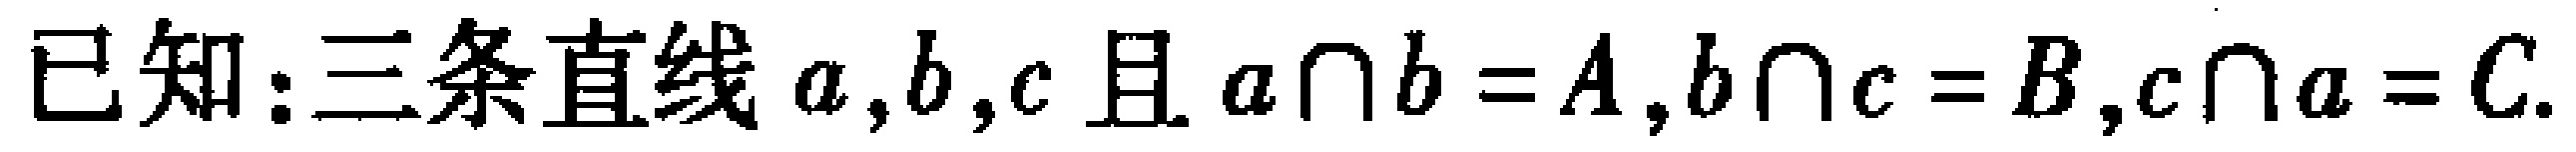
已知：三条直线 \(a,b,c\) 且 \(a\cap b = A,b\cap c = B,c\cap a = C\).